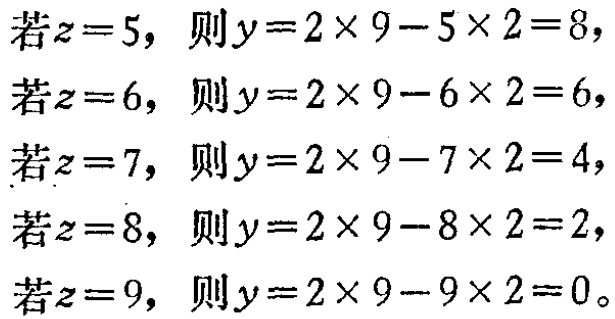
若\(z = 5\)，则\(y=2\times9 - 5\times2 = 8\)，

若\(z = 6\)，则\(y=2\times9 - 6\times2 = 6\)，

若\(z = 7\)，则\(y=2\times9 - 7\times2 = 4\)，

若\(z = 8\)，则\(y=2\times9 - 8\times2 = 2\)，

若\(z = 9\)，则\(y=2\times9 - 9\times2 = 0\)。